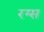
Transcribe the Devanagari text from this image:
रग्स